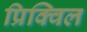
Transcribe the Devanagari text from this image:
प्रिक्विल